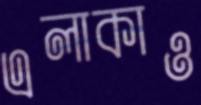
এলাকাও